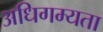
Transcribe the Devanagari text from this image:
अधिगम्यता